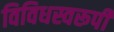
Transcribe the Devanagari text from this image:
विविधस्वरूपी